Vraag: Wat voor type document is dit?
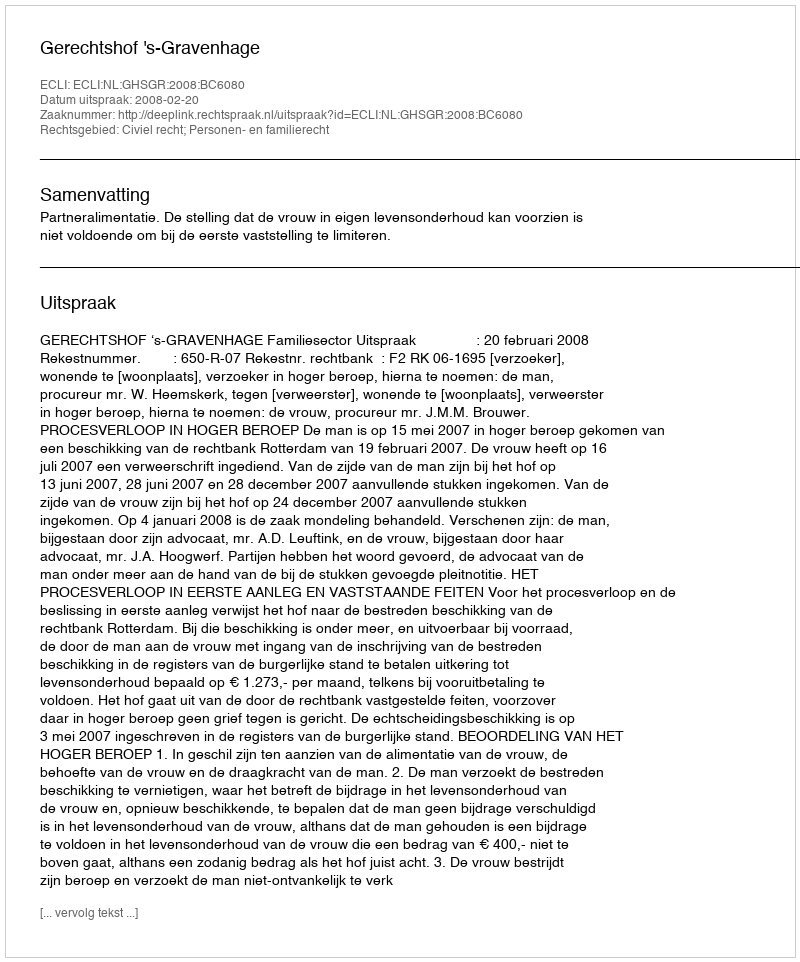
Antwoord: Uitspraak